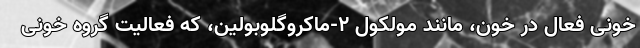
خونی فعال در خون، مانند مولکول ۲-ماکروگلوبولین، که فعالیت گروه خونی